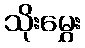
သိုးမွှေး